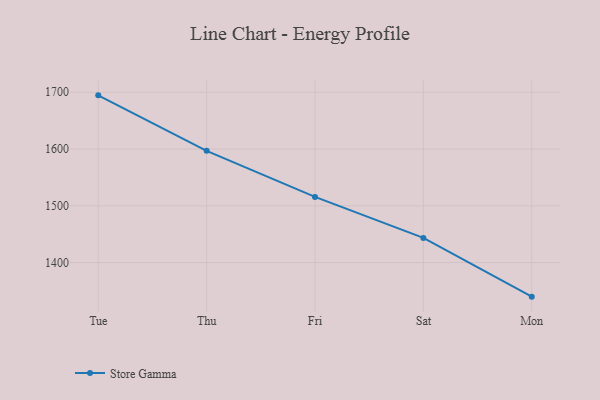
{"axis": {"x": "Day", "y": "Market Share (%)"}, "legend": ["Store Gamma"], "data": [{"x": "Tue", "y": 1694.6, "type": "Store Gamma"}, {"x": "Thu", "y": 1596.9, "type": "Store Gamma"}, {"x": "Fri", "y": 1515.7, "type": "Store Gamma"}, {"x": "Sat", "y": 1443.5, "type": "Store Gamma"}, {"x": "Mon", "y": 1340.0, "type": "Store Gamma"}]}